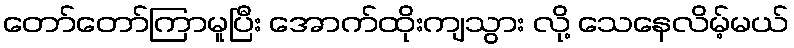
တော်တော်ကြာမူပြီး အောက်ထိုးကျသွား လို့ သေနေလိမ့်မယ်